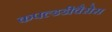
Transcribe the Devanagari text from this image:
कपल्डडीवैसेस